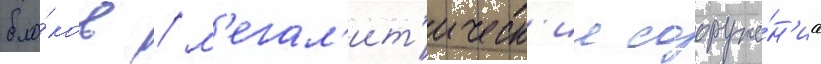
бло́ков / м'егал'ит'ическ'ие сооруже́н'иа